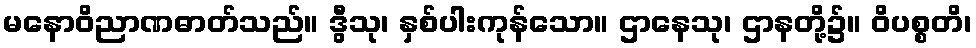
မနောဝိညာဏဓာတ်သည်။ ဒွီသု၊ နှစ်ပါးကုန်သော။ ဌာနေသု၊ ဌာနတို့၌။ ဝိပစ္စတိ၊